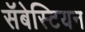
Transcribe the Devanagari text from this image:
सॅबेस्टियन